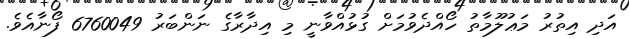
އަދި އިތުރު މަޢުލޫމާތު ހޯއްދެވުމަށް ގުޅުއްވާނީ މި އިދާރާގެ ނަންބަރު 6760049 ފޯނާއެވެ.